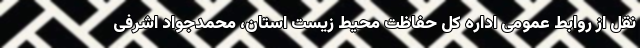
نقل از روابط عمومی اداره کل حفاظت محیط ‌زیست استان، محمدجواد اشرفی